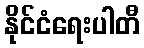
နိုင်ငံရေးပါတီ